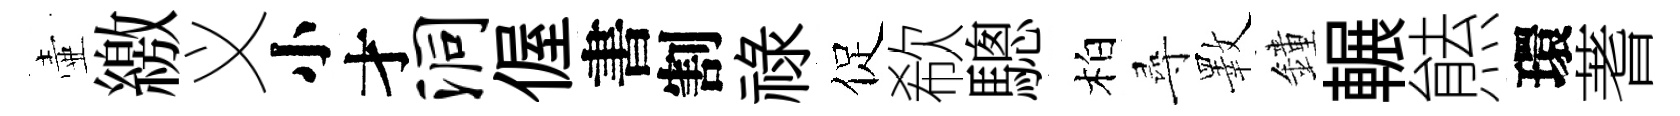
壷繳义小才洞偓書割禄促欷驄柏尋斁鐘輾㷱環蓍